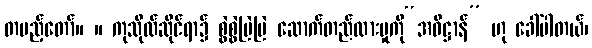
တပည့်တော်။ ။ ကုသိုလ်ဆိုင်ရာ၌ စွဲစွဲမြဲမြဲ ဆောက်တည်ထားမှုကို“အဓိဋ္ဌာန်” ဟု ခေါ်ပါတယ်၊